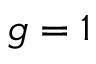
g = 1